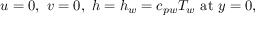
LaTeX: u = 0 , \ v = 0 , \ h = h _ { w } = c _ { p w } T _ { w } \ { \mathrm { a t } } \ y = 0 ,